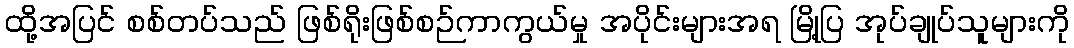
ထို့အပြင် စစ်တပ်သည် ဖြစ်ရိုးဖြစ်စဉ်ကာကွယ်မှု အပိုင်းများအရ မြို့ပြ အုပ်ချုပ်သူများကို